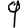
Digit: 9